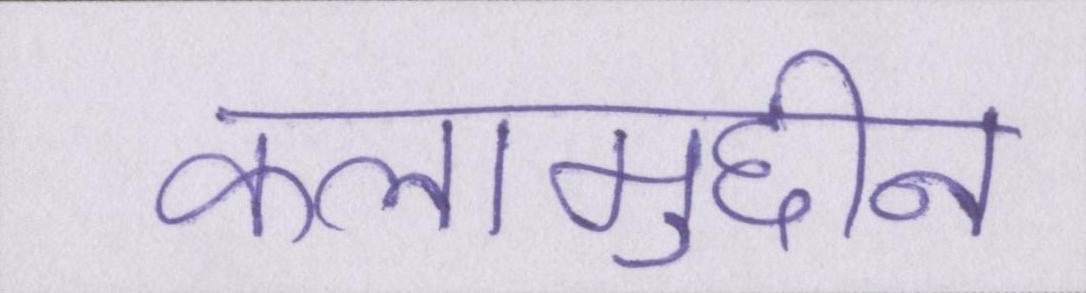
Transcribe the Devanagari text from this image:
कलामुद्दीन